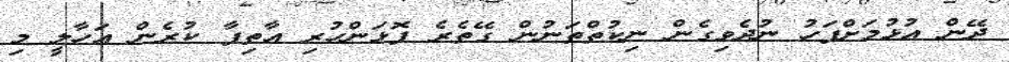
ދޭން އުޅުމަށްފަހު ނުދެވިގެން ނިކުތްތަނުން ގޭތެރެ ފޮޅަންހުރި އާތިފާ ކުރެން އަހާލީ މި